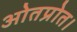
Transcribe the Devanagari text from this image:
ओतप्रोत।